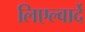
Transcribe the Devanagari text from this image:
लिएल्वार्दे